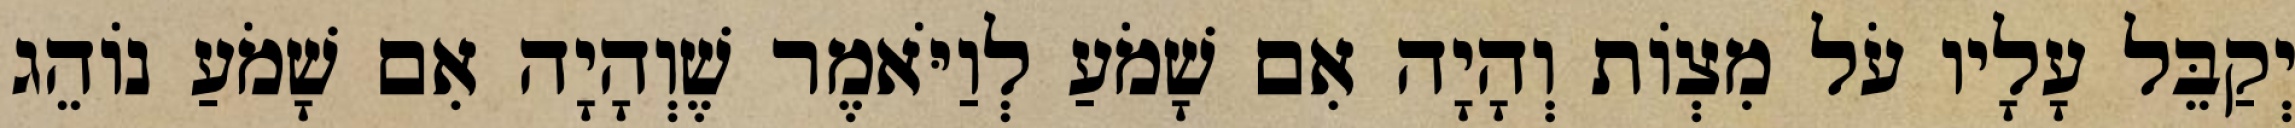
יְקַבֵּל עָלָיו עֹל מִצְוֹת וְהָיָה אִם שָׁמֹעַ לְוַיֹּאמֶר שֶׁוְהָיָה אִם שָׁמֹעַ נוֹהֵג